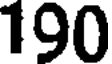
190